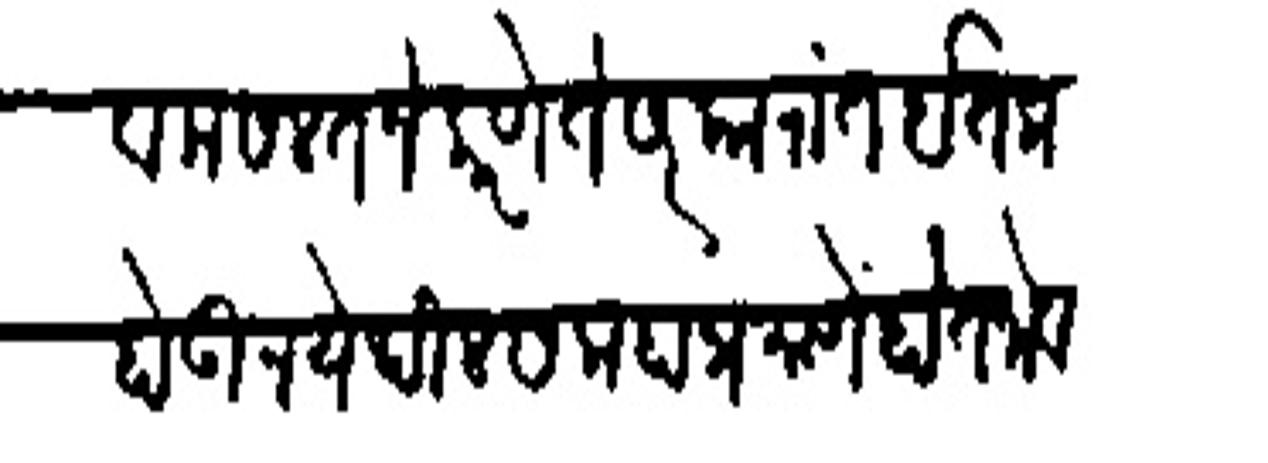
Transliteration (Devanagari): व मसलत जे करणे से सरकारांत इतला होऊन येथील सलाहाप्रमाणें होत जाये